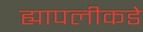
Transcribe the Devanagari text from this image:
ह्यापलीकडे